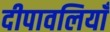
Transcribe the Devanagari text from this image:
दीपावलियाँ